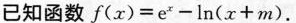
已知函数$$f ( x ) = e ^ { x } - l n ( x + m )$$.